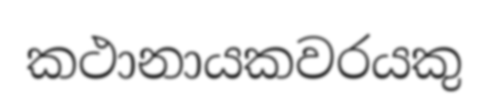
කථානායකවරයකු